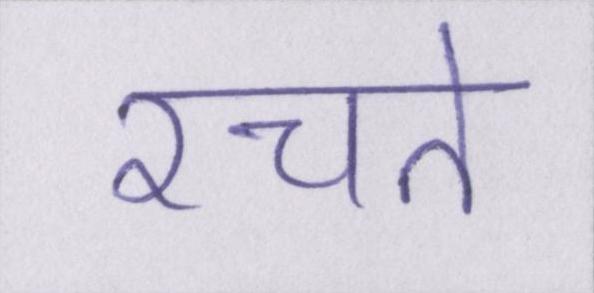
रचते